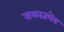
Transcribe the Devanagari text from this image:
समस्तभेव